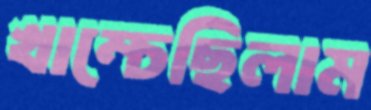
খাম্‌চেছিলাম